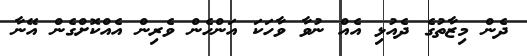
ދެން މިޒާތުގެ ދެއުޅި އެއް ނުވާ ވާހަކަ އަންހެން ވެރިން އެއްކޮށްގެން އޭނާ